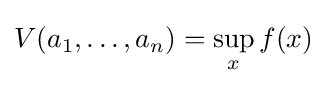
V(a_{1},\ldots ,a_{n})=\sup \limits _{x}f(x)